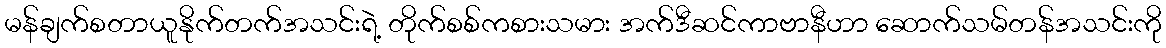
မန်ချက်စတာယူနိုက်တက်အသင်းရဲ့ တိုက်စစ်ကစားသမား အက်ဒီဆင်ကာဗာနီဟာ ဆောက်သမ်တန်အသင်းကို